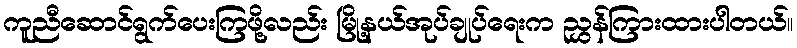
ကူညီဆောင်ရွက်ပေးကြဖို့လည်း မြို့နယ်အုပ်ချုပ်ရေးက ညွှန်ကြားထားပါတယ်။